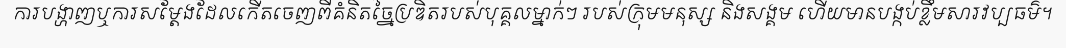
ការបង្ហាញឬការសម្តែងដែលកើតចេញពីគំនិតច្នៃប្រឌិតរបស់បុគ្គលម្នាក់ៗ របស់ក្រុមមនុស្ស និងសង្គម ហើយមានបង្កប់ខ្លឹមសារវប្បធម៌។